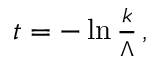
\begin{array} { r } { t = - \ln { \frac { k } { \Lambda } } \, , } \end{array}